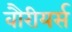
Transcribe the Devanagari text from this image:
वौरीयर्स